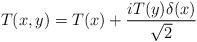
LaTeX: \begin{align*}T(x,y)=T(x)+\frac{iT(y)\delta(x)}{\sqrt{2}}\end{align*}